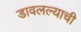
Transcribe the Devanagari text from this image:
डावलल्याची